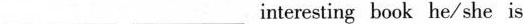
___ ___ interesting book he/ she is